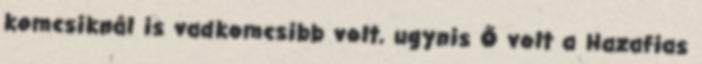
komcsiknál is vadkomcsibb volt, ugynis Ő volt a Hazafias